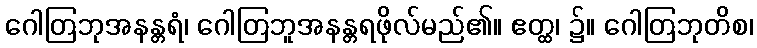
ဂေါတြဘုအနန္တရံ၊ ဂေါတြဘူအနန္တရဖိုလ်မည်၏။ ဧတ္ထ၊ ၌။ ဂေါတြဘုတိစ၊